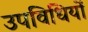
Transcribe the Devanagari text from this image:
उपविधियों